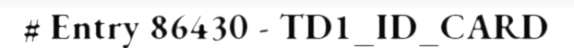
# Entry 86430 - TD1_ID_CARD